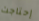
إحتاجت